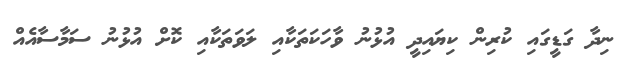
ނިދާ ގަޑީގައި ކުރިން ކިޔައިދީ އުޅުނު ވާހަކަތަކާއި ލަވަތަކާއި ކޮށް އުޅުނު ސަމާސާއެއް